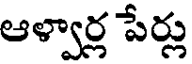
ఆళ్వార్ల పేర్లు